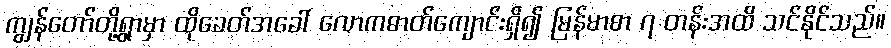
ကျွန်တော်တို့ရွာမှာ ထိုခေတ်အခေါ် လောကဓာတ်ကျောင်းရှိ၍ မြန်မာစာ ၇ တန်းအထိ သင်နိုင်သည်။